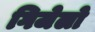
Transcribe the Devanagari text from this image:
गिजेलो